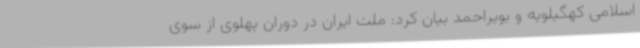
اسلامی کهگیلویه و بویراحمد بیان کرد: ملت ایران در دوران پهلوی از سوی